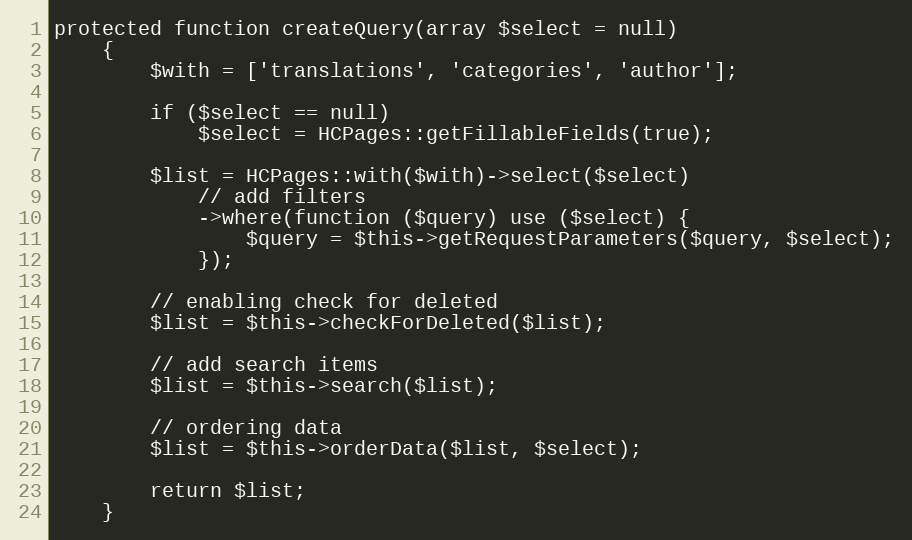
Language: PHP
protected function createQuery(array $select = null)
    {
        $with = ['translations', 'categories', 'author'];

        if ($select == null)
            $select = HCPages::getFillableFields(true);

        $list = HCPages::with($with)->select($select)
            // add filters
            ->where(function ($query) use ($select) {
                $query = $this->getRequestParameters($query, $select);
            });

        // enabling check for deleted
        $list = $this->checkForDeleted($list);

        // add search items
        $list = $this->search($list);

        // ordering data
        $list = $this->orderData($list, $select);

        return $list;
    }